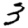
Digit: 3